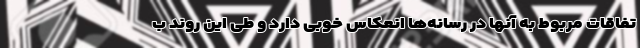
تفاقات مربوط به آنها در رسانه‌ها انعکاس خوبی دارد و طی این روند ب